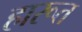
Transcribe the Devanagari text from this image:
हारूत